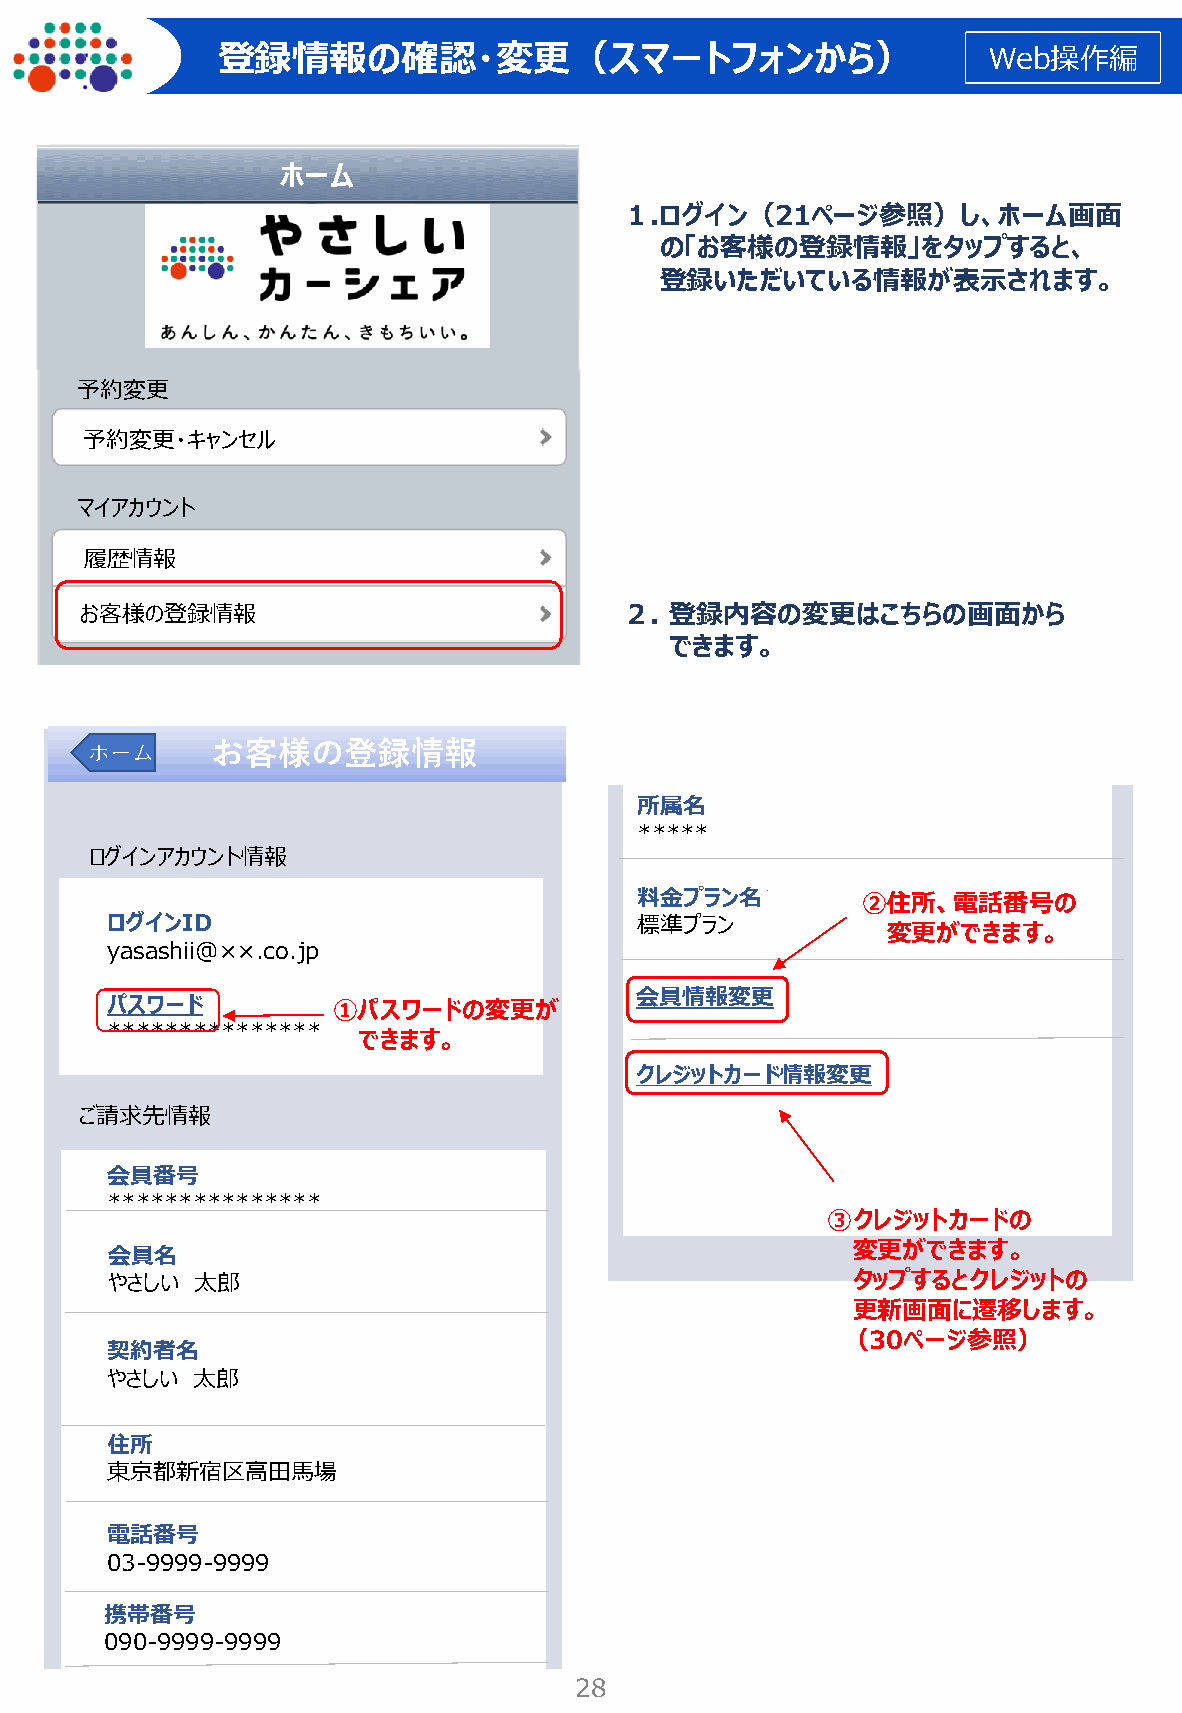
登録情報の確認・変更（スマートフォンから）                              Web操作編
 ホーム
 １.ログイン（21ページ参照）し、ホーム画面
 の「お客様の登録情報」をタップすると、
 登録いただいている情報が表示されます。
 予約変更
 予約変更・キャンセル
 マイアカウント
 履歴情報
 お客様の登録情報                            ２. 登録内容の変更はこちらの画面から
 できます。
 お客様の登録情報
 ホーム     お客様の登録情報
 所属名
 *****
 ログインアカウント情報
 料金プラン名         ②住所、電話番号の
 ログインID                             標準プラン
 変更ができます。
 yasashii@××.co.jp
 会員情報変更
 パスワード          ①パスワードの変更が
 ***************
 できます。
 クレジットカード情報変更
 ご請求先情報
 会員番号
 ***************
 ③クレジットカードの
 変更ができます。
 会員名
 やさしい  太郎                                         タップするとクレジットの
 更新画面に遷移します。
 （30ページ参照）
 契約者名
 やさしい  太郎
 住所
 東京都新宿区高田馬場
 電話番号
 03-9999-9999
 携帯番号
 090-9999-9999
 28